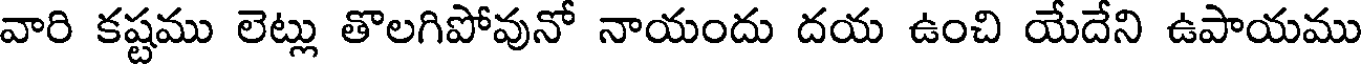
వారి కష్టము లెట్లు తొలగిపోవునో నాయందు దయ ఉంచి యేదేని ఉపాయము